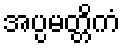
အပ္ပမတ္တိကံ